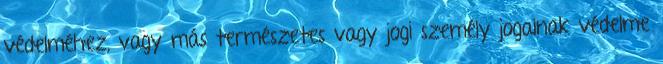
védelméhez, vagy más természetes vagy jogi személy jogainak védelme